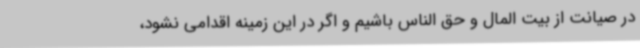
در صیانت از بیت المال و حق الناس باشیم و اگر در این زمینه اقدامی نشود،